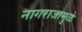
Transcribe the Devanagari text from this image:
नागराजामुळे